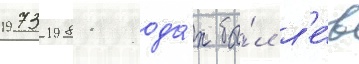
1973-1981 года́х бы́л л'е́в